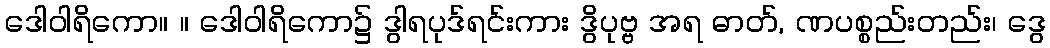
ဒေါဝါရိကော။ ။ ဒေါဝါရိကော၌ ဒွါရပုဒ်ရင်းကား ဒွိပုဗ္ဗ အရ ဓာတ်, ဏပစ္စည်းတည်း၊ ဒွေ